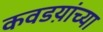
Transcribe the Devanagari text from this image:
कवडय़ांच्या